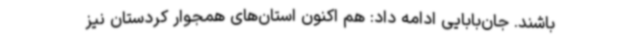
باشند. جان‌بابایی ادامه داد: هم اکنون استان‌های همجوار کردستان نیز